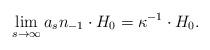
LaTeX: \begin{align*}\lim_{s \to \infty} a_s n_{-1} \cdot H_{0} = \kappa^{-1} \cdot H_{0}.\end{align*}